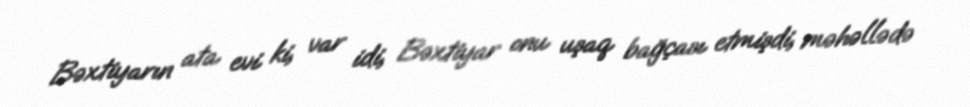
Bəxtiyarın ata evi ki, var idi, Bəxtiyar onu uşaq bağçası etmişdi, məhəllədə